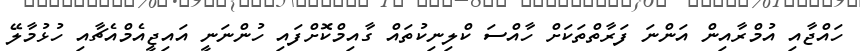
ހައްޖާއި އުމްރާއިން އަންނަ ފަރާތްތަކަށް ހާއްސަ ކްލިނިކުތައް ގާއިމްކޮށްފައި ހުންނަނީ އައިޖީއެމްއެޗާއި ހުޅުމާލޭ